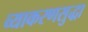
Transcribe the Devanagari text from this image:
व्याकरणसुद्धा